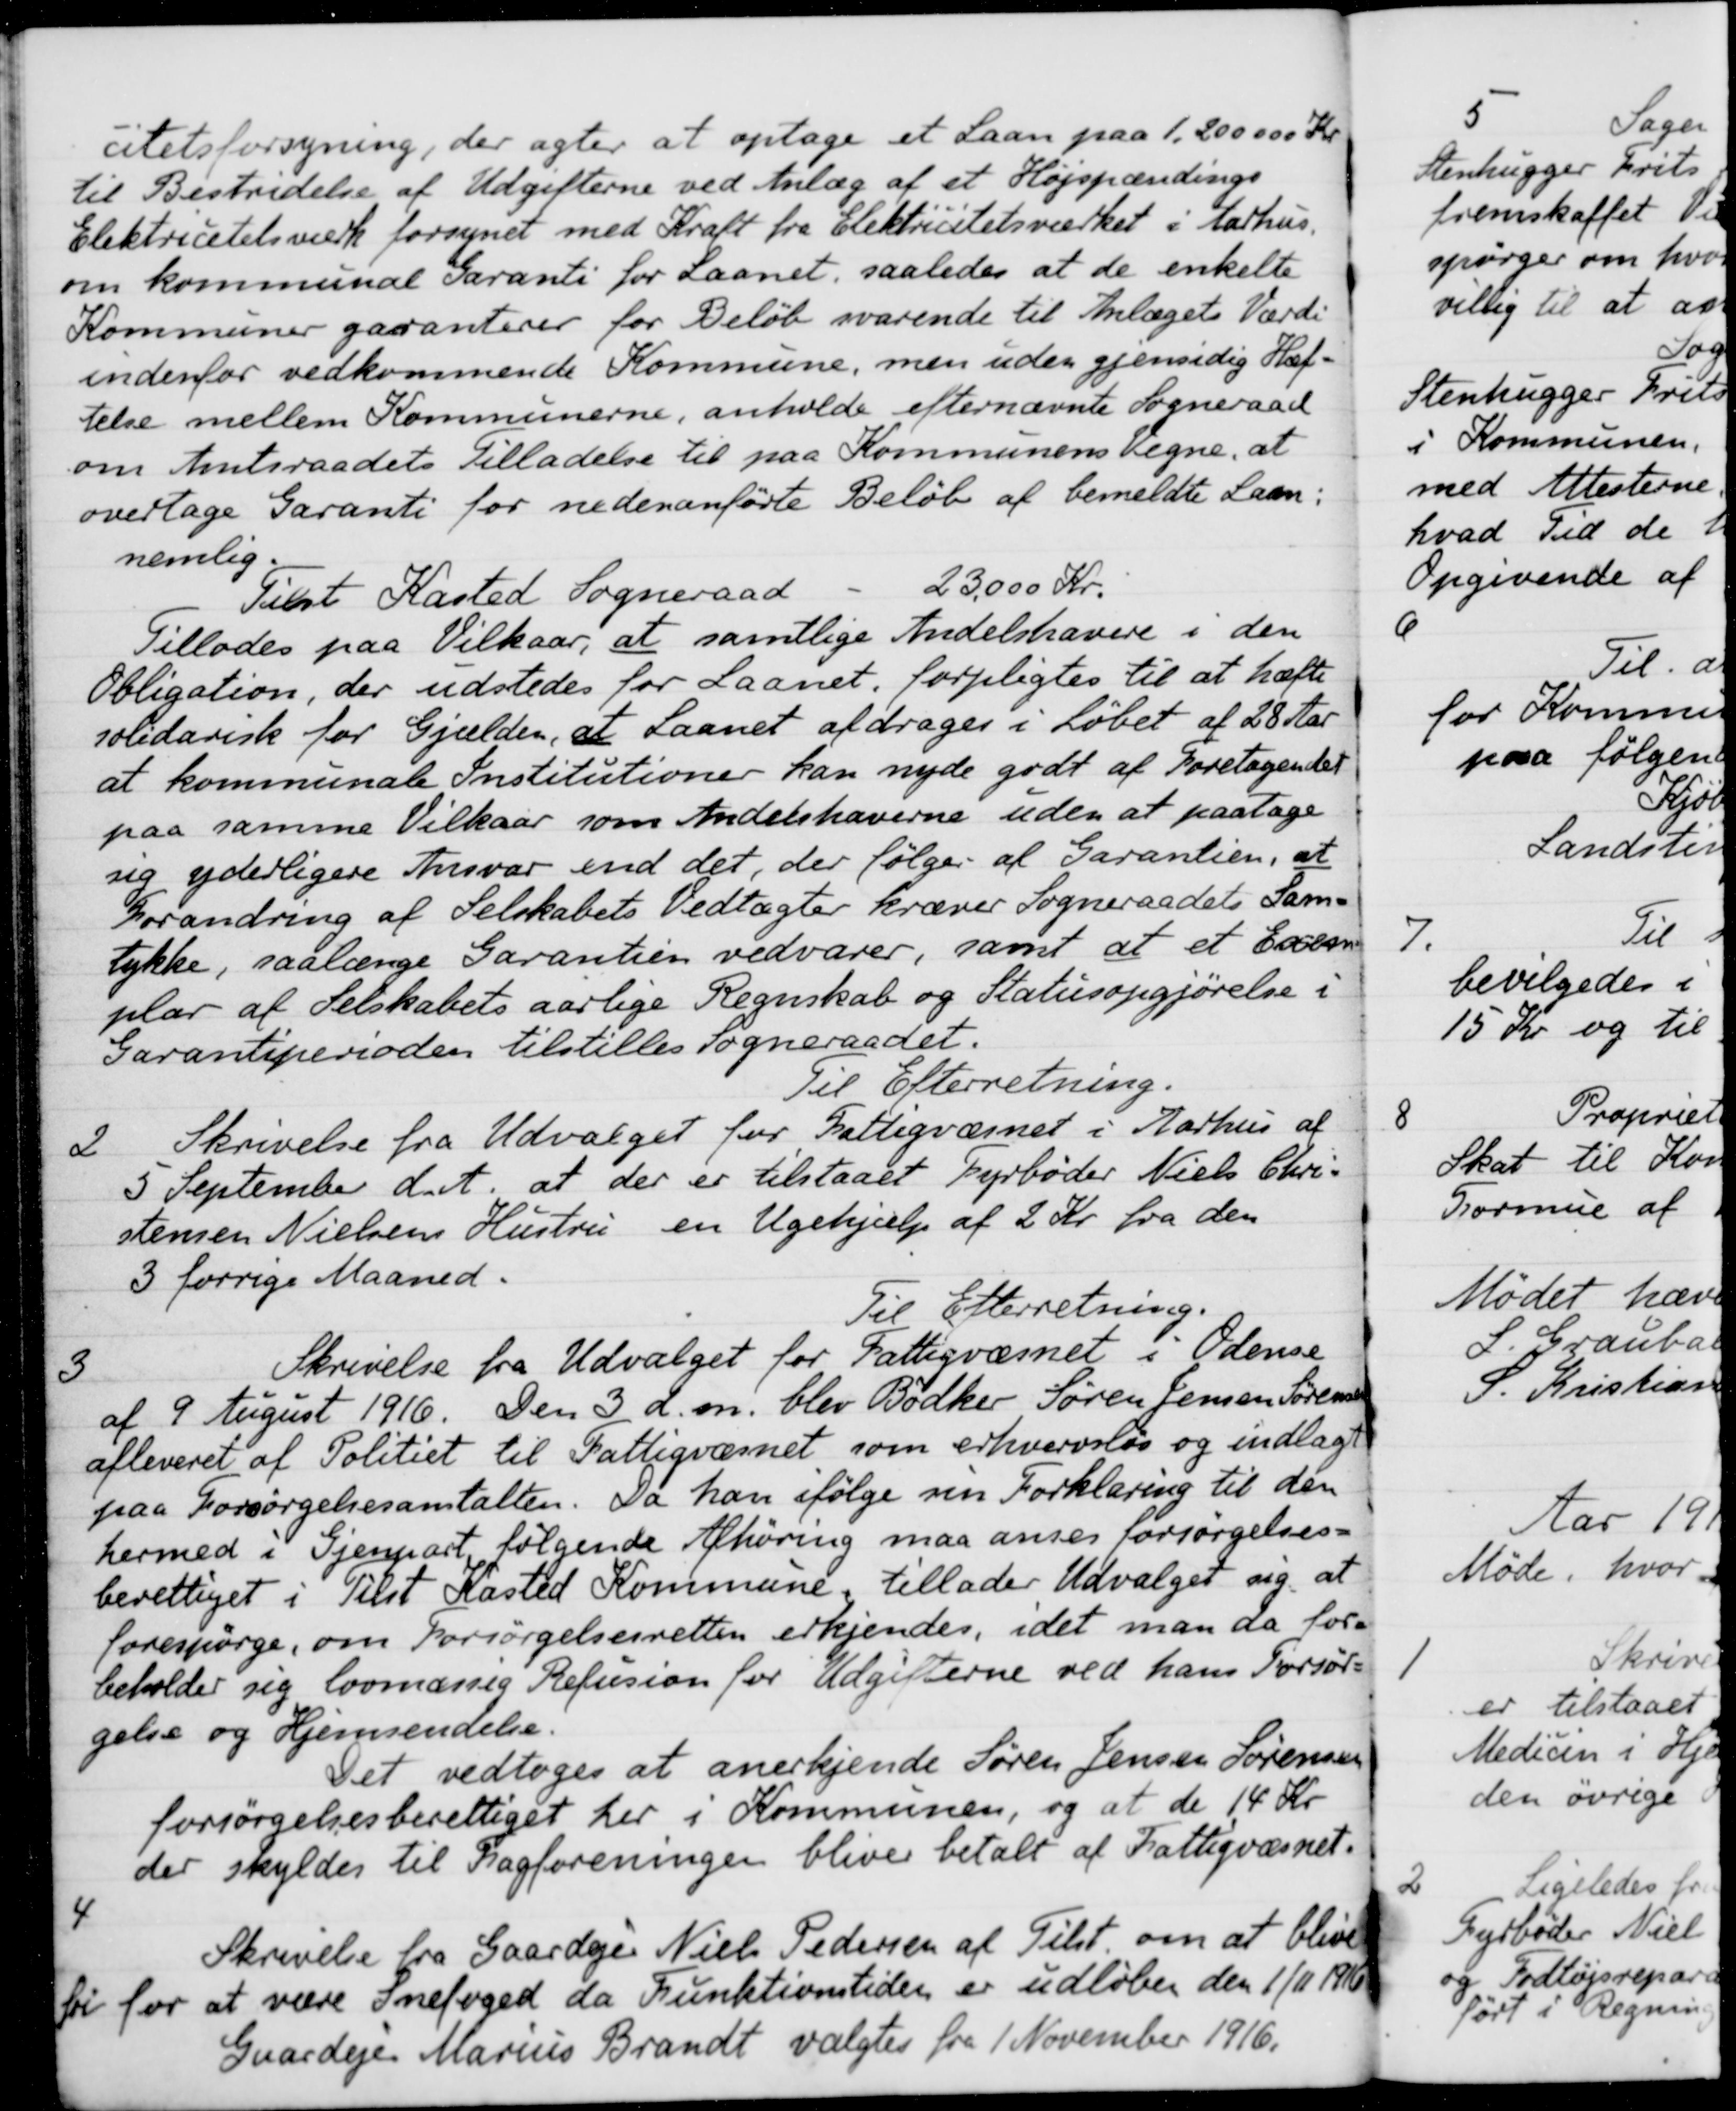
Transskription:
citetsforsyning, der agter at optage et Laan paa 1.200.000 Kr.
til Bestridelse af Udgifterne ved Anlæg af et Højspændings
Elektricitetsværk forsynet med Kraft fra Elektricitetsværket i Aarhus.
om kommunal Garanti for Laanet, saaledes at de enkelte
Kommuner garanterer for Beløb svarende til Anlægets Værdi
indenfor vedkommende Kommune, men uden gjensidig Hæf-
telse mellem Kommunerne, anholde efternævnte Sogneraad
om Amtsraadets Tilladelse til paa Kommunens Vegne, at
overtage Garanti for nedenanførte Beløb af bemeldte Laan:
nemlig.
Tilst Kasted Sogneraad . 23.000 Kr.
Tillodes paa Vilkaar, at samtlige Andelshavere i den
Obligation, der udstedes for Laanet, forpligtes til at hæfte
solidarisk for Gjælden, at Laanet afdrages i Løbet af 28 Aar
at kommunale Institutioner kan nyde godt af Foretagender
paa samme Vilkaar som Andelshaverne uden at paatage
sig yderligere Ansvar end det, der følger af Garantien, at
Forandring af Selskabets Vedtægter kræver Sogneraadets Sam-
lykke, saalænge Garantien vedvarer, samt at et Exem
plar af Selskabets aarlige Regnskab og Statusopgjørelse i
Garantiperioden tilstilles Sogneraadet.
Til Efterretning.
2
Skrivelse fra Udvalget for Fattigvæsnet i Aarhus af
5 September dA. at der er tilstaaet Fyrbøder Niels Chri-
stensen Nielsens Hustru en Ugehjælp af 2 Kr. fra den
3 forrige Maaned.
Til Efterretning.
3
Skrivelse fra Udvalget for Fattigvæsnet i Odense
af 9 August 1916. Den 3 d. m. blev Bødker Søren Jensen Sørensen
afleveret af Politiet til Fattigvæsnet, som erhvervsløs og indlagt
paa Forsørgelsesanstalten. Da han ifølge sin Forklaring til den
hermed i Gjenpart følgende Afhøring maa anses forsørgelses-
berettiget i Tilst Kasted Kommune tillader Udvalget sig, at
forespørge, om Forsørgelsesretten erkjendes, idet man da for-
beholder sig lovmæssig Refusion for Udgifterne ved hans Forsør-
gelse og Hjemsendelse.
Det vedtoges at anerkjende Søren Jensen Sørensen
forsørgelsesberettiget her i Kommunen, og at de 14 Kr
der skyldes til Fagforeningen bliver betalt af Fattigvæsnet.
4
Skrivelse fra Gaardejer Niels Pedersen af Tilst. om at blive
fri for for at være snefoged da Funktionstiden er udløber den 1/11 1916
Gaardeje Marius Brandt valgtes fra 1 November 1916.